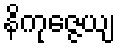
နိကုဇ္ဇေယျ